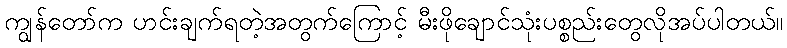
ကျွန်တော်က ဟင်းချက်ရတဲ့အတွက်ကြောင့် မီးဖိုချောင်သုံးပစ္စည်းတွေလိုအပ်ပါတယ်။